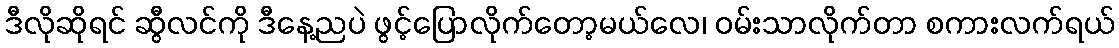
ဒီလိုဆိုရင် ဆွီလင်ကို ဒီနေ့ညပဲ ဖွင့်ပြောလိုက်တော့မယ်လေ၊ ဝမ်းသာလိုက်တာ စကားလက်ရယ်